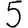
Digit: 5